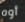
أوه